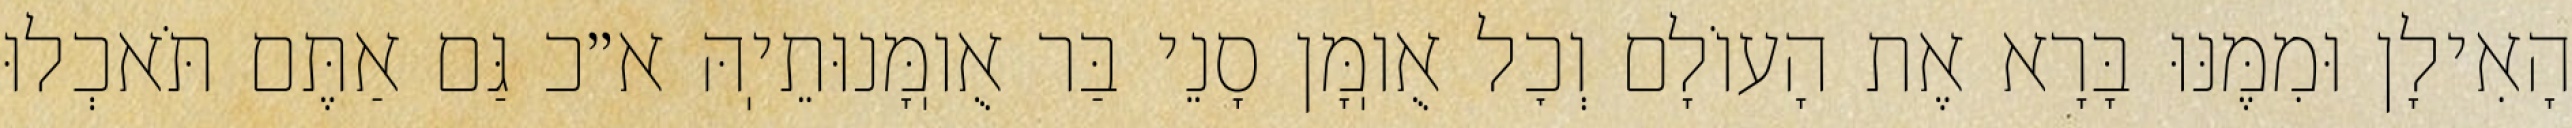
הָאִילָן וּמִמֶּנּוּ בָּרָא אֶת הָעוֹלָם וְכׇל אֻוֽמָּן סָנֵי בַּר אֻוֽמָּנוּתֵיֽהּ א״כ גַּם אַתֶּם תֹּאכְלוּ